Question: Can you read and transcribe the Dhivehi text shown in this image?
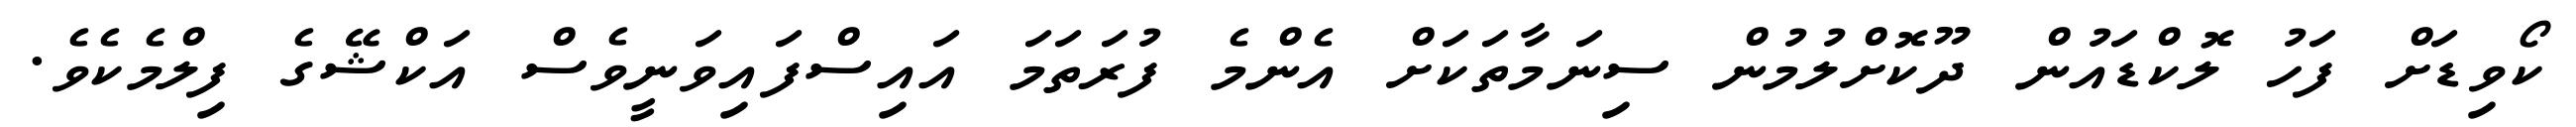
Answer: ކޯވިޑަށް ފަހު ލޮކްޑައުން ދޫކޮށްލުމުން ސިނަމާތަކަށް އެންމެ ފުރަތަމަ އައިސްފައިވަނީވެސް އަކްޝޭގެ ފިލްމެކެވެ.